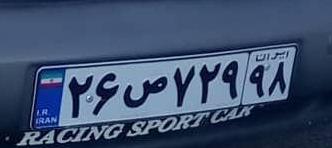
۲۶ص۷۲۹۹۸